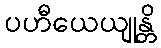
ပဟီယေယျုန္တိ